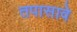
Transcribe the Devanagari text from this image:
तपासावे